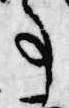
事